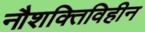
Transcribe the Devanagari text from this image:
नौशक्तिविहीन